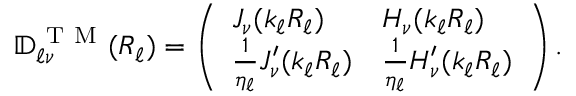
\mathbb { D } _ { \ell \nu } ^ { \mathrm { ~ T ~ M ~ } } ( R _ { \ell } ) = \left( \begin{array} { l l } { J _ { \nu } ( k _ { \ell } R _ { \ell } ) } & { H _ { \nu } ( k _ { \ell } R _ { \ell } ) } \\ { \frac { 1 } { \eta _ { \ell } } J _ { \nu } ^ { \prime } ( k _ { \ell } R _ { \ell } ) } & { \frac { 1 } { \eta _ { \ell } } H _ { \nu } ^ { \prime } ( k _ { \ell } R _ { \ell } ) } \end{array} \right) .